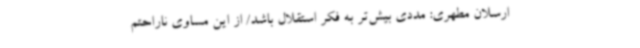
ارسلان مطهری: مددی بیش‌تر به فکر استقلال باشد/ از این مساوی ناراحتم